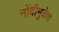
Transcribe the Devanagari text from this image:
नोंदीमुळेच